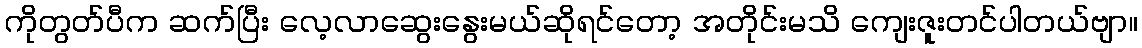
ကိုတွတ်ပီက ဆက်ပြီး လေ့လာဆွေးနွေးမယ်ဆိုရင်တော့ အတိုင်းမသိ ကျေးဇူးတင်ပါတယ်ဗျာ။